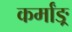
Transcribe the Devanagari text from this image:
कर्मांङ्र